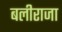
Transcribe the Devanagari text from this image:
बलीराजा